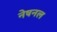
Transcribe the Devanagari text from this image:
नेषनल